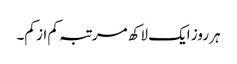
ہر روز ایک لاکھ مرتبہ کم از کم۔